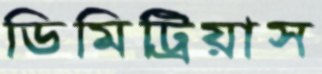
ডিমিট্রিয়াস